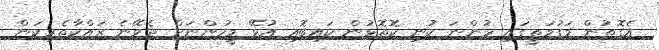
އެގޮތުން މަގުމަތީގައި ހުންނަ ކުނި ކޮތޮޅުން ކައިބޮއި އުޅޭ މީހުންނަށް ދެވޭނެ ރައްކާތެރިކަން